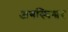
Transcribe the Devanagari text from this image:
अगस्थिश्वर